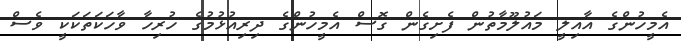
އެމީހުންގެ އާއިލީ މައުލޫމާތުން ފެށިގެން ގޮސް އެމީހުންގެ ދިރިއުޅުމުގެ ހުރިހާ ވާހަކަތަކަކީ ވެސް